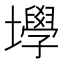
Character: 㙾